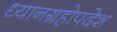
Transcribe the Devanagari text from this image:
ध्यानग्रहोपदेश